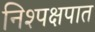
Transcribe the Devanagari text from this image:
निश्पक्षपात